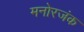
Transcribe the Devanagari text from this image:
मनोरजंक